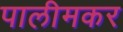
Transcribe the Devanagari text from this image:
पालीमकर